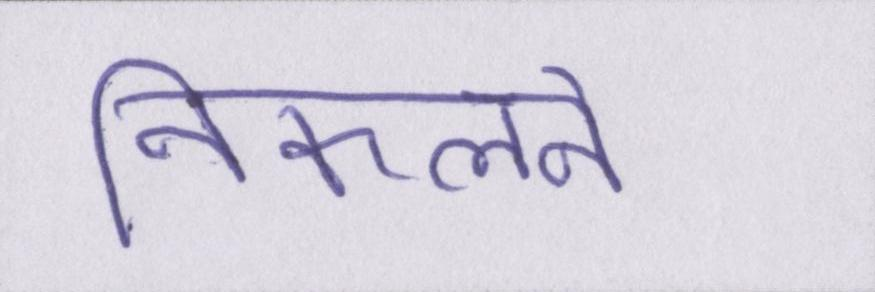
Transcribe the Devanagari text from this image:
निकलने